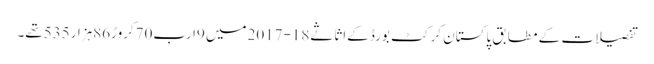
تفصیلات کے مطابق پاکستان کرکٹ بورڈ کےاثاثے18-2017میں 9ارب70کروڑ86ہزار535تھے۔